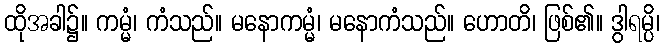
ထိုအခါ၌။ ကမ္မံ၊ ကံသည်။ မနောကမ္မံ၊ မနောကံသည်။ ဟောတိ၊ ဖြစ်၏။ ဒွါရမ္ပိ၊